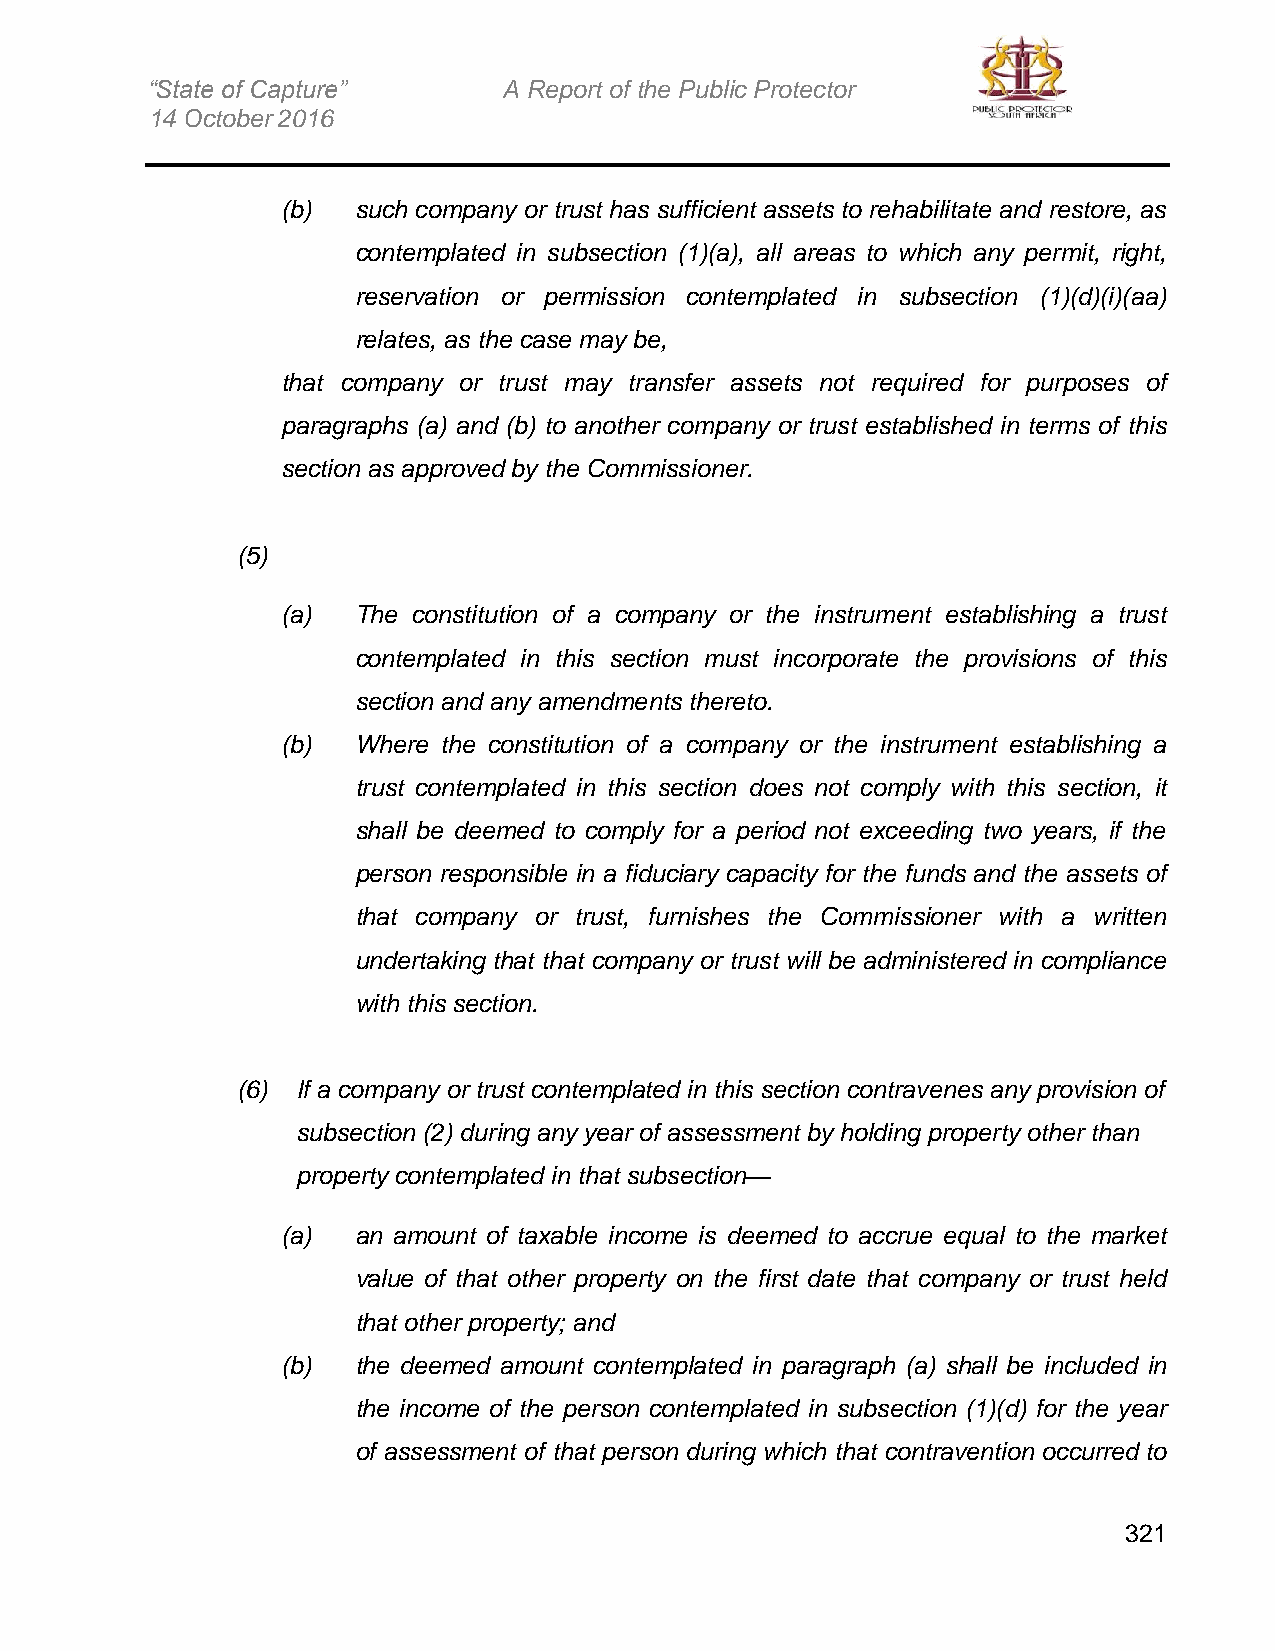
“State of Capture”     A Report of the Public Protector
 14 October 2016
 (b) such company or trust has sufficient assets to rehabilitate and restore, as
 contemplated in subsection (1)(a), all areas to which any permit, right,
 reservation or permission contemplated in subsection (1)(d)(i)(aa)
 relates, as the case may be,
 that company or trust may transfer assets not required for purposes of
 paragraphs (a) and (b) to another company or trust established in terms of this
 section as approved by the Commissioner.
 (5)
 (a) The constitution of a company or the instrument establishing a trust
 contemplated in this section must incorporate the provisions of this
 section and any amendments thereto.
 (b) Where the constitution of a company or the instrument establishing a
 trust contemplated in this section does not comply with this section, it
 shall be deemed to comply for a period not exceeding two years, if the
 person responsible in a fiduciary capacity for the funds and the assets of
 that company or trust, furnishes the Commissioner with a written
 undertaking that that company or trust will be administered in compliance
 with this section.
 (6) If a company or trust contemplated in this section contravenes any provision of
 subsection (2) during any year of assessment by holding property other than
 property contemplated in that subsection—
 (a) an amount of taxable income is deemed to accrue equal to the market
 value of that other property on the first date that company or trust held
 that other property; and
 (b) the deemed amount contemplated in paragraph (a) shall be included in
 the income of the person contemplated in subsection (1)(d) for the year
 of assessment of that person during which that contravention occurred to
 321